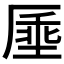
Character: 𫨔